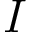
\emph { I }